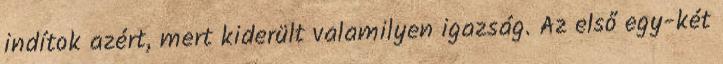
indítok azért, mert kiderült valamilyen igazság. Az első egy-két